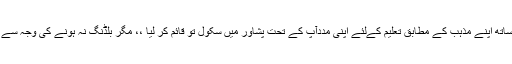
70 سال بعد سکھ کمیونٹی نے بچوں کو دنیاوی تعلیم کیساتھ اپنے مذہب کے مطابق تعلیم کےلئے اپنی مددآپ کے تحت پشاور میں سکول تو قائم کر لیا ،، مگر بلڈنگ نہ ہونے کی وجہ سے دو سال میں تین بار سکول کی بلڈنگ تبدیل کرانی پڑی۔